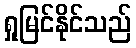
ရှုမြင်နိုင်သည်